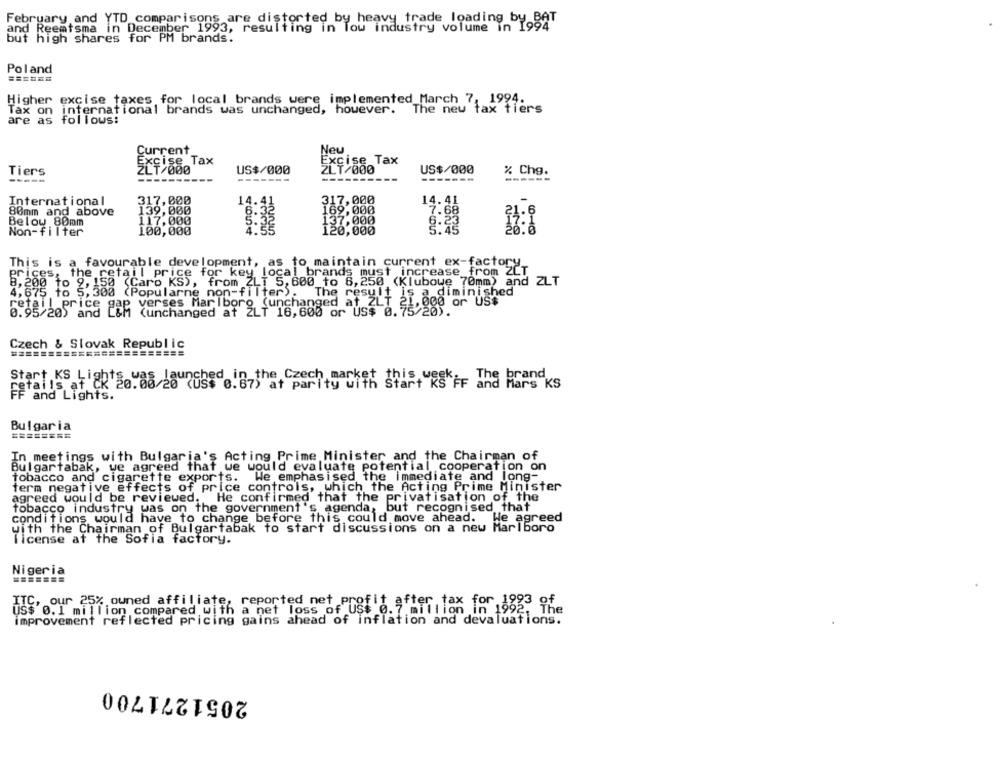
February and YTD comparisons are distorted by heavy trade loading by BAT
and Reemtsma in December 1993, resulting in low industry volume in 1994
but high shares for PM brands.
Poland
======
Higher excise taxes for local brands were implemented March 7, 1994.
Tax on international brands was unchanged, however.
The new tax tiers
are as follows:
Current
Neu
Tax
ZLT &&Tax
Tiers
US$/000
ZLT/000
US$/000
% Chg.
--------
-------
14.41
International
317,000
317,000
14.41
80mm and above
169,000
7.68
Below 80mm
117,000
8:35
137,000
Non-filter
100,000
120,000
5.45
This is a favourable development, as to maintain current ex-factory
local brands must increase from ZCT
8,200 to 9, 150 (Caro KS), from ZLT 5, 600 to 6,250 (Klubowe 70mm) and ZLT
4,675 to 5, 300 (Popularne non-filter). The result
The result is a diminished
retail price gap verses Marlboro (unchanged at ZLT 21,000 or US$
0.95/205
all Prise ish (unchanged at ZLT 16,600 or US$ e. 2.900 or"UShe
Czech & Slovak Republic
===============
FF and Lat 20.00/20 (US$ 0.67) atp
Start KS Ligh
etails af el's was launched in the Czech market thi
parity with Start"KS FF aha Hangcks
Bulgaria
In meetings with Bulgaria's Acting Prime Minister and the Chairman of
Bulgartabak, we agreed that we would evaluate potential cooperation on
tobacco and cigarette exports. We emphasised the immediate and long-
term negative effects of price controls, which the Acting Prime Minister
agreed would be reviewed, He confirmed that the privatisation of the
tobacco industry was on the government's agenda, but recognised that
conditions would have to change before this could move ahead.
He agreed
with the Chairman of Bulgartabak to start discussions on a new Marlboro
license at the Sofia factory.
Nigeria
ITC, our 25% owned affiliate, reported net profit after tax for 1gg3 of
US$ 0.1 million compared with a net loss of US$ 0.7.mil
improvement reflected pricing gains ahead of inflation and devaluations.
2051271700